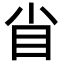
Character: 𥃻